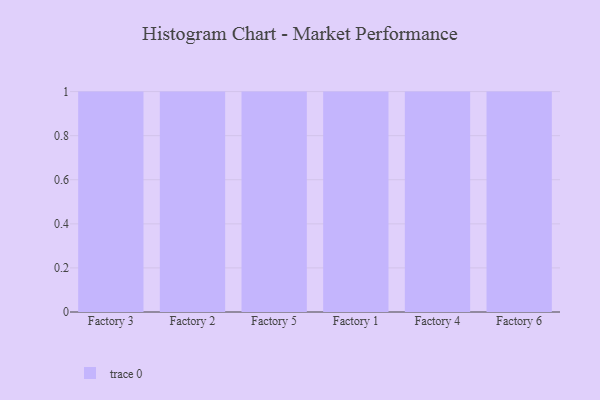
{"axis": {"x": "Factory", "y": "Backlog"}, "legend": [""], "data": [{"x": "Factory 3", "y": 68, "type": ""}, {"x": "Factory 2", "y": 9, "type": ""}, {"x": "Factory 5", "y": 77, "type": ""}, {"x": "Factory 1", "y": 93, "type": ""}, {"x": "Factory 4", "y": 75, "type": ""}, {"x": "Factory 6", "y": 55, "type": ""}]}